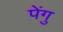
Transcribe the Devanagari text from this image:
पेंगु